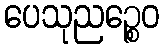
ပေသုညဉ္စေဝ